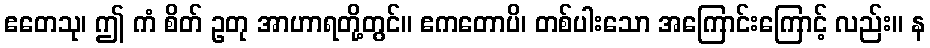
ဧတေသု၊ ဤ ကံ စိတ် ဥတု အာဟာရတို့တွင်။ ဧကတောပိ၊ တစ်ပါးသော အကြောင်းကြောင့် လည်း။ န